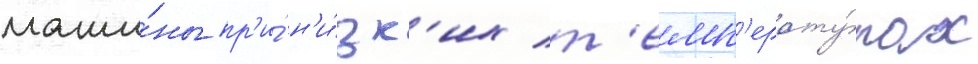
маши́ны пр'и́ н'и́зк'их т'емп'ерату́рах